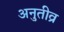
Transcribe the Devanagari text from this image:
अनुतीव्र